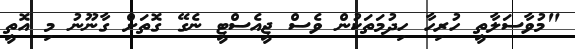
"މުވާސަލާތީ ހުރިހާ ހިދުމަތަކުން ވެސް ޖީއެސްޓީ ނެގޭ ގޮތަށް ގާނޫނު މި އޮތީ